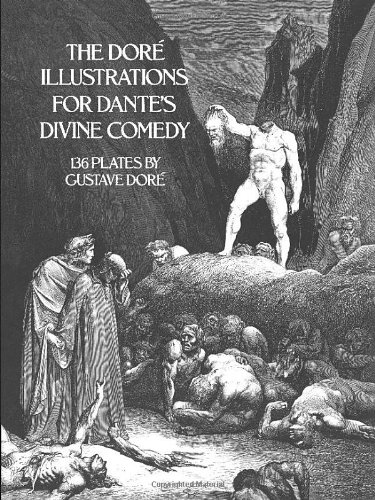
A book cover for The Dore Illustrations for Dante's Divine Comedy (136 Plates by Gustave Dore); Gustave DorÃ©; Comics & Graphic Novels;